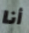
أنا